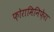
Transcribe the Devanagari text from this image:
फ़ोरामिनिफ़ेरा